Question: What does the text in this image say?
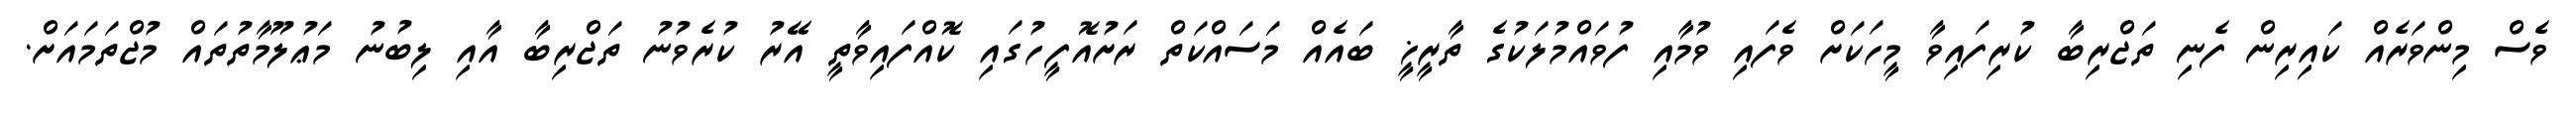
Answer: ވެސް މިންވަރެއް ކައިރިން ފެނި ތަޖްރިބާ ކުރިފައިވާ މީހަކަށް ވެފައި ވުމާއި ފުވައްމުލަކުގެ ތާރީޚީ ބައެއް މަސައްކަތް ރަށުއޮފީހުގައި ކޮއްފައިވާތީ އޭރު ކުރެވުނު ތަޖްރިބާ އާއި ލިބުނު މަޢުލޫމާތުތައް މުޖްތަމައަށް.